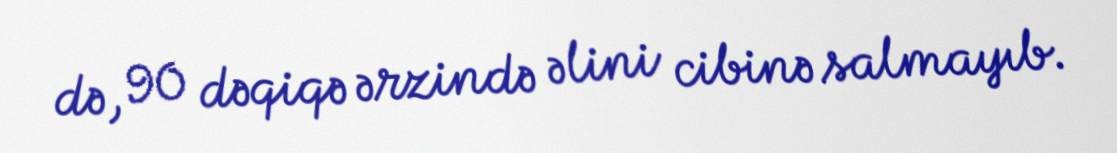
də, 90 dəqiqə ərzində əlini cibinə salmayıb.